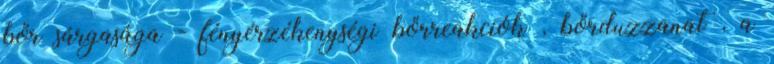
bőr sárgasága - fényérzékenységi bőrreakciók , bőrduzzanat , a